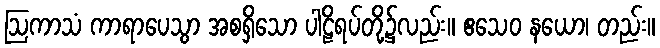
ဩကာသံ ကာရာပေသွာ အစရှိသော ပါဠိရပ်တို့၌လည်း။ ဧသေဝ နယော၊ တည်း။